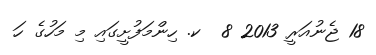
18 ޖެނުއަރީ 2013 8  ކ. ހިންމަފުށީގައި މި މަހުގެ ހަ